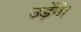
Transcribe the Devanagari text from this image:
उड़ेंगे।